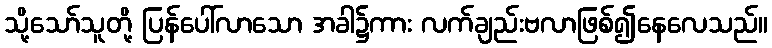
သို့သော်သူတို့ ပြန်ပေါ်လာသော အခါ၌ကား လက်ချည်းဗလာဖြစ်၍နေလေသည်။